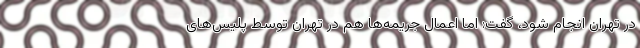
در تهران انجام شود، گفت: اما اعمال جریمه‌ها هم در تهران توسط پلیس‌های